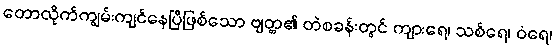
တောလိုက်ကျွမ်းကျင်နေပြီဖြစ်သော ဗျတ္တ၏ တဲစခန်းတွင် ကျားရေ၊ သစ်ရေ၊ ဝံရေ၊